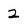
Character: 2